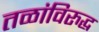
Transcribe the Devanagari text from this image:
तळांविरुद्ध